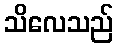
သိလေသည်